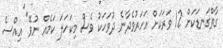
ގާތްގަނޑަކަށް 12 ވަރަކަށް އަހަރުވެދާނެ ދުވަހަކު ވެސް މިކަހަލަ ކަމެއް ނުވޭ" އިއްސެ